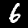
Digit: 6